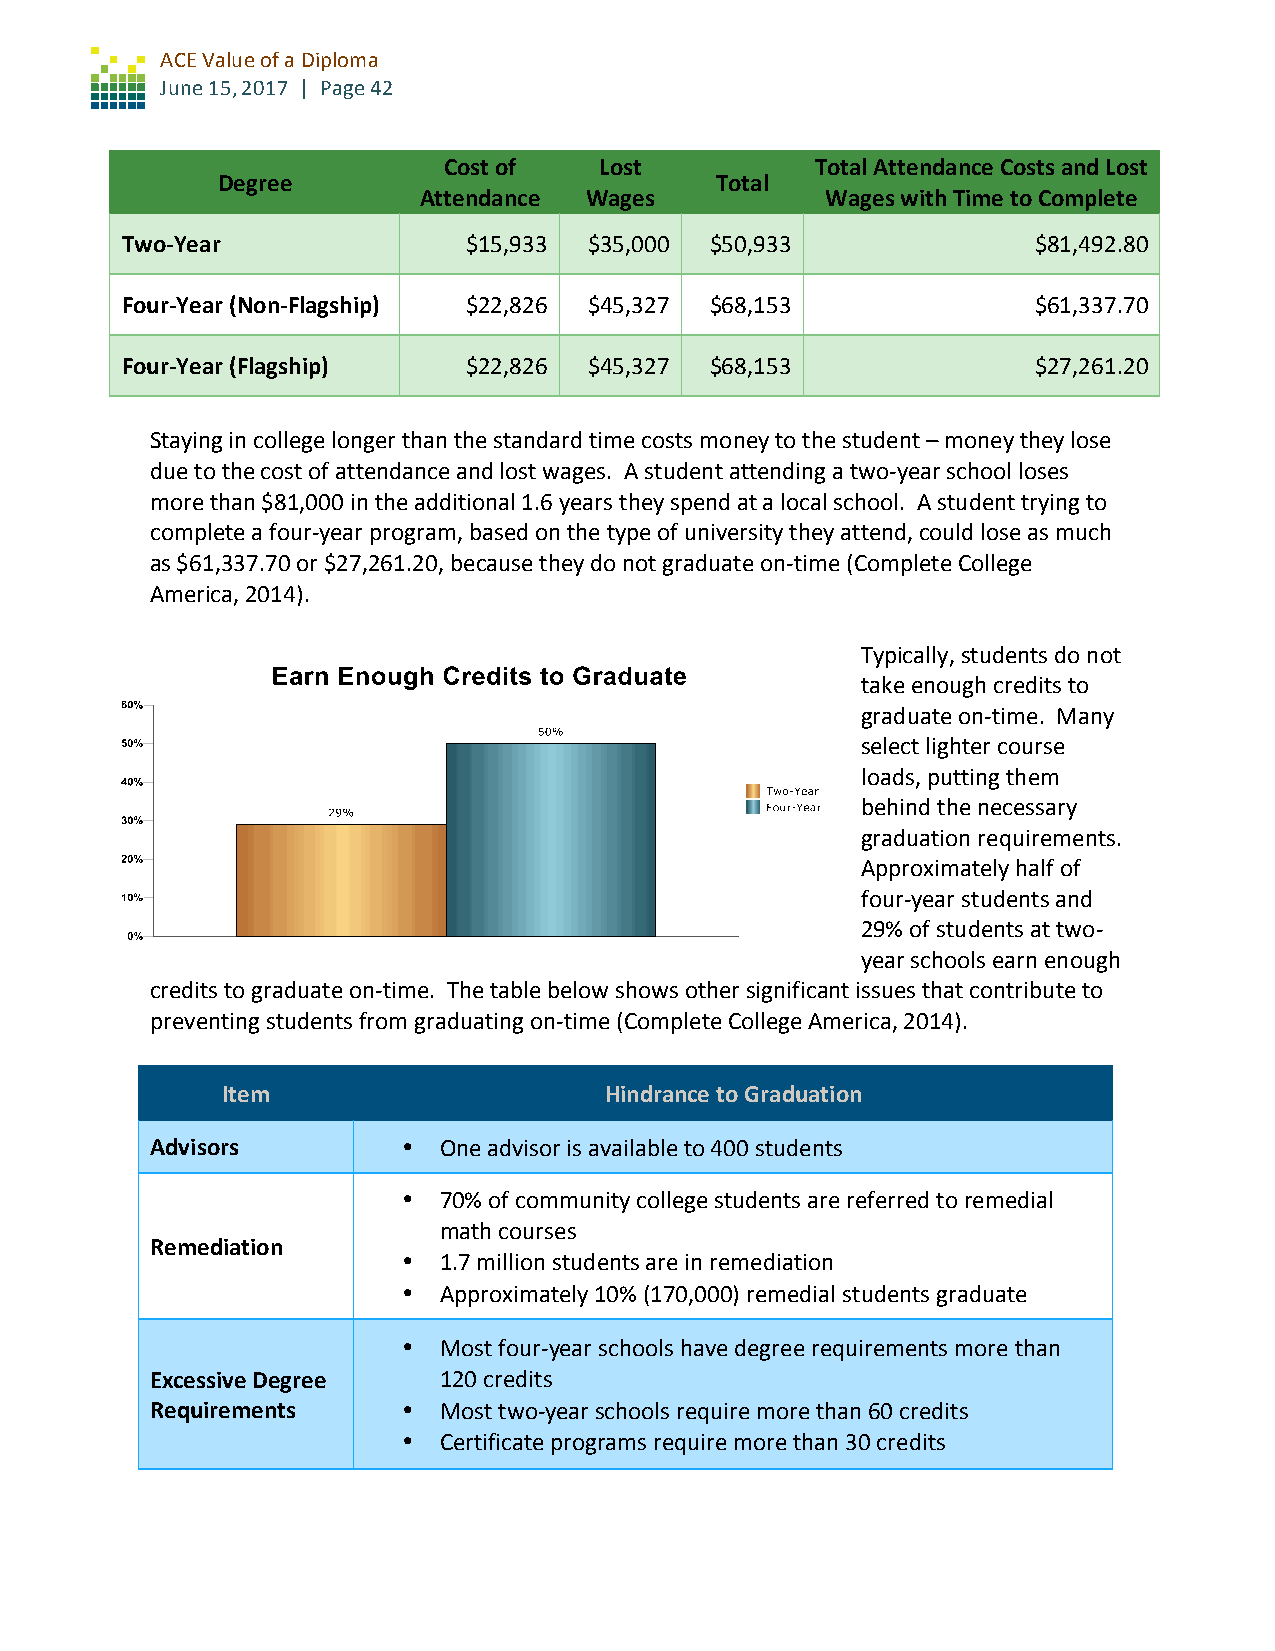
ACE Value of a Diploma
 June 15, 2017 | Page 42
 Cost of    Lost          Total Attendance Costs and Lost
 Degree                           Total
 Attendance Wages           Wages with Time to Complete
 Two-Year               $15,933 $35,000 $50,933               $81,492.80
 Four-Year (Non-Flagship) $22,826 $45,327 $68,153             $61,337.70
 Four-Year (Flagship)   $22,826 $45,327 $68,153               $27,261.20
 Staying in college longer than the standard time costs money to the student – money they lose
 due to the cost of attendance and lost wages. A student attending a two-year school loses
 more than $81,000 in the additional 1.6 years they spend at a local school. A student trying to
 complete a four-year program, based on the type of university they attend, could lose as much
 as $61,337.70 or $27,261.20, because they do not graduate on-time (Complete College
 America, 2014).
 Typically, students do not
 take enough credits to
 graduate on-time. Many
 select lighter course
 loads, putting them
 behind the necessary
 graduation requirements.
 Approximately half of
 four-year students and
 29% of students at two-
 year schools earn enough
 credits to graduate on-time. The table below shows other significant issues that contribute to
 preventing students from graduating on-time (Complete College America, 2014).
 Item                     Hindrance to Graduation
 Advisors         • One advisor is available to 400 students
 • 70% of community college students are referred to remedial
 math courses
 Remediation
 • 1.7 million students are in remediation
 • Approximately 10% (170,000) remedial students graduate
 • Most four-year schools have degree requirements more than
 Excessive Degree   120 credits
 Requirements     • Most two-year schools require more than 60 credits
 • Certificate programs require more than 30 credits